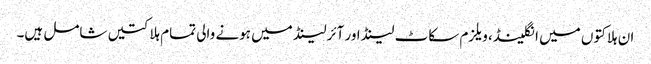
ا ن ہلاکتوں میں انگلینڈ، ویلزم سکاٹ لینڈ اور آئرلینڈ میں ہونے والی تمام ہلاکتیں شامل ہیں۔